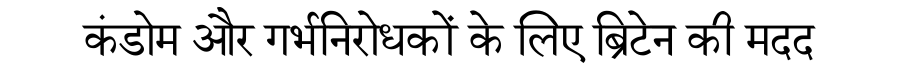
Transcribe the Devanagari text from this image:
कंडोम और गर्भनिरोधकों के लिए ब्रिटेन की मदद